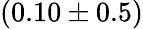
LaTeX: (0.10\pm 0.5)